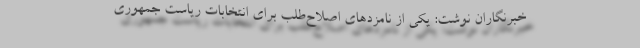
خبرنگاران نوشت: یکی از نامزد‌های اصلاح‌طلب برای انتخابات ریاست جمهوری